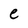
Character: e